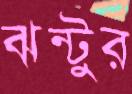
ঝন্টুর